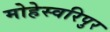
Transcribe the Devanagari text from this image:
मोहेस्वरिपुर